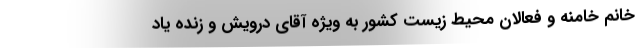
خانم خامنه و فعالان محیط زیست کشور به ویژه آقای درویش و زنده یاد